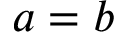
a = b